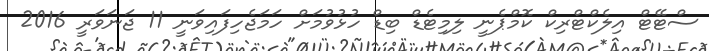
ސްޓޭޓް އިލެކްޓްރިކް ކޮމްޕެނީ ލިމިޓެޑް ބިޑް ހުޅުވުމަށް ހަމަޖެހިފައިވަނީ 11 ޖަނަވަރީ 2016